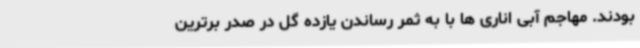
بودند. مهاجم آبی اناری ها با به ثمر رساندن یازده گل در صدر برترین